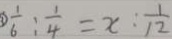
\textcircled { 3 } \frac { 1 } { 6 } : \frac { 1 } { 4 } = x : \frac { 1 } { 1 2 }